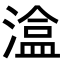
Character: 𭲃